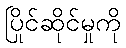
ပြိုင်ဆိုင်မှုကို